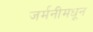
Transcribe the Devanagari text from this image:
जर्मनीमधून